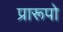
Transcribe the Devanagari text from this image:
प्रारूपो